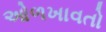
ઓળખાવતો